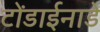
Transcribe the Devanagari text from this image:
टोंडाईनाडे